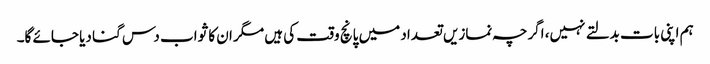
ہم اپنی بات بدلتے نہیں، اگرچہ نمازیں تعداد میں پانچ وقت کی ہیں مگر ان کا ثواب دس گنا دیا جائے گا۔